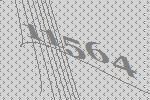
11564